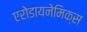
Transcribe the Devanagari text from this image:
एरोडायनेमिक्स